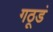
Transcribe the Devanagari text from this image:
गठूडं